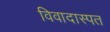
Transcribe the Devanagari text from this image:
विवादास्पत